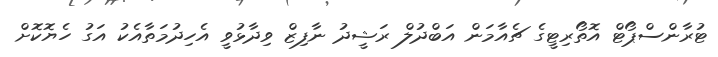
ޓުރާންސްޕޯޓް އޮތޯރިޓީގެ ޗެއާމަން އަބްދުލް ރަޝީދު ނާފިޒް ވިދާޅުވީ އެހިދުމަތާއެކު އަގު ހެޔޮކޮށް